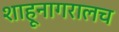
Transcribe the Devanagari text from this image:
शाहूनागरालच